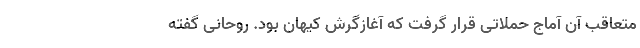
متعاقب آن آماج حملاتی قرار گرفت که آغازگرش کیهان بود. روحانی گفته